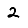
Digit: 2